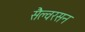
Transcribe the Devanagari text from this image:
सैल्वरसन